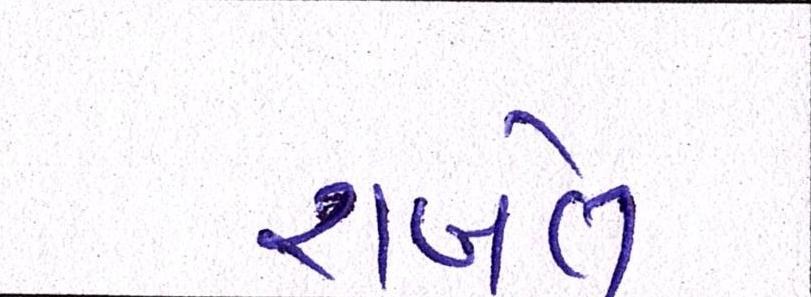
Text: રાખેલ